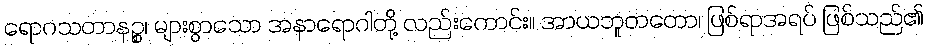
ရောဂသတာနဉ္စ၊ များစွာသော အနာရောဂါတို့ လည်းကောင်း။ အာယဘူတတော၊ ဖြစ်ရာအရပ် ဖြစ်သည်၏